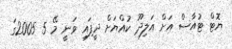
ޔޮޓް ޓުއާސް އަށް އަލިދޫ ކުއްޔަށް ދީފައި ވަނީ މޭ 5 2005ގަ